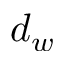
d _ { w }